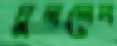
ঘুললেন